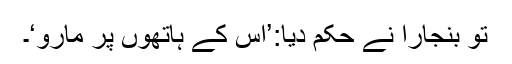
تو بنجارا نے حکم دیا:’اس کے ہاتھوں پر مارو‘۔